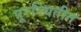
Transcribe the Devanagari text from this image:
पूरस्थितीत